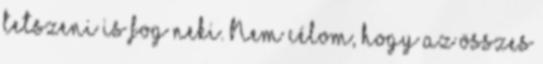
tetszeni is fog neki. Nem célom, hogy az összes